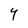
Character: Y